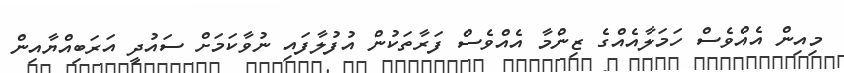
މިއިން އެއްވެސް ހަމަލާއެއްގެ ޒިންމާ އެއްވެސް ފަރާތަކުން އުފުލާފައި ނުވާކަމަށް ސައުދީ އަރަބިއްޔާއިން